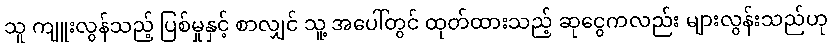
သူ ကျူးလွန်သည့် ပြစ်မှုနှင့် စာလျှင် သူ့ အပေါ်တွင် ထုတ်ထားသည့် ဆုငွေကလည်း များလွန်းသည်ဟု